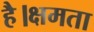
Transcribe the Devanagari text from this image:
है।क्षमता